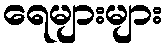
ရေများများ